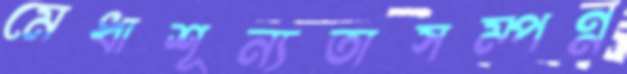
মেধাশূন্যতাসম্পন্ন